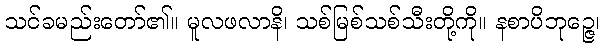
သင်ခမည်းတော်၏။ မူလဖလာနိ၊ သစ်မြစ်သစ်သီးတို့ကို။ နစာပိဘုဉ္ဇေ၊